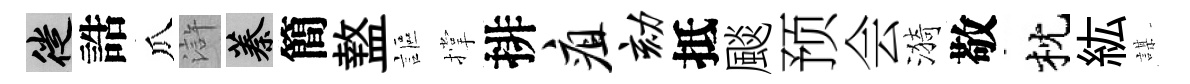
徙誥瓜滸蓁簡盩謳撑排疽劾抵颷预会漪敬枕紘謀